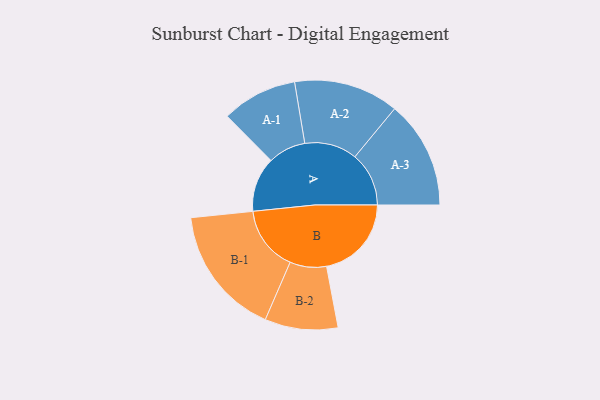
{"axis": {"x": "Segment", "y": "Value"}, "legend": ["", "A", "B"], "data": [{"x": "A", "y": 223, "type": ""}, {"x": "B", "y": 346, "type": ""}, {"x": "A-1", "y": 154, "type": "A"}, {"x": "A-2", "y": 214, "type": "A"}, {"x": "A-3", "y": 220, "type": "A"}, {"x": "B-1", "y": 265, "type": "B"}, {"x": "B-2", "y": 149, "type": "B"}]}